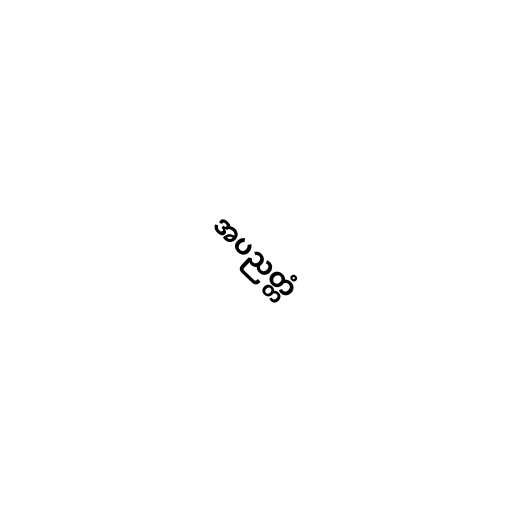
အပညတ္တံ